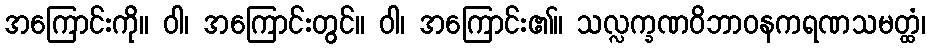
အကြောင်းကို။ ဝါ၊ အကြောင်းတွင်။ ဝါ၊ အကြောင်း၏။ သလ္လက္ခဏဝိဘာဝနကရဏသမတ္ထံ၊